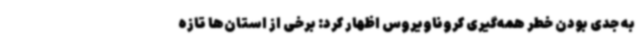
به جدی بودن خطر همه‌گیری کروناویروس اظهار کرد: برخی از استان‌ها تازه